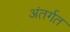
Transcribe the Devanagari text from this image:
अंतर्गत